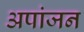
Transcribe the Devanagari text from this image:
अपांजन